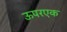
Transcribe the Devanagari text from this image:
ऊपरएक